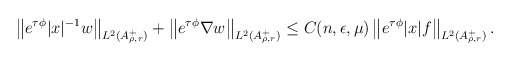
\begin{align*}& \left\| e^{\tau \phi}|x|^{-1} w \right\|_{L^2(A_{\rho, r}^+)} + \left\| e^{\tau \phi} \nabla w \right\|_{L^2(A_{\rho,r}^+)} \leq C(n, \epsilon, \mu) \left\|e^{\tau \phi} |x| f\right\|_{L^2(A_{\rho,r}^+)}.\end{align*}